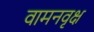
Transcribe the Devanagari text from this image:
वामनवृक्ष